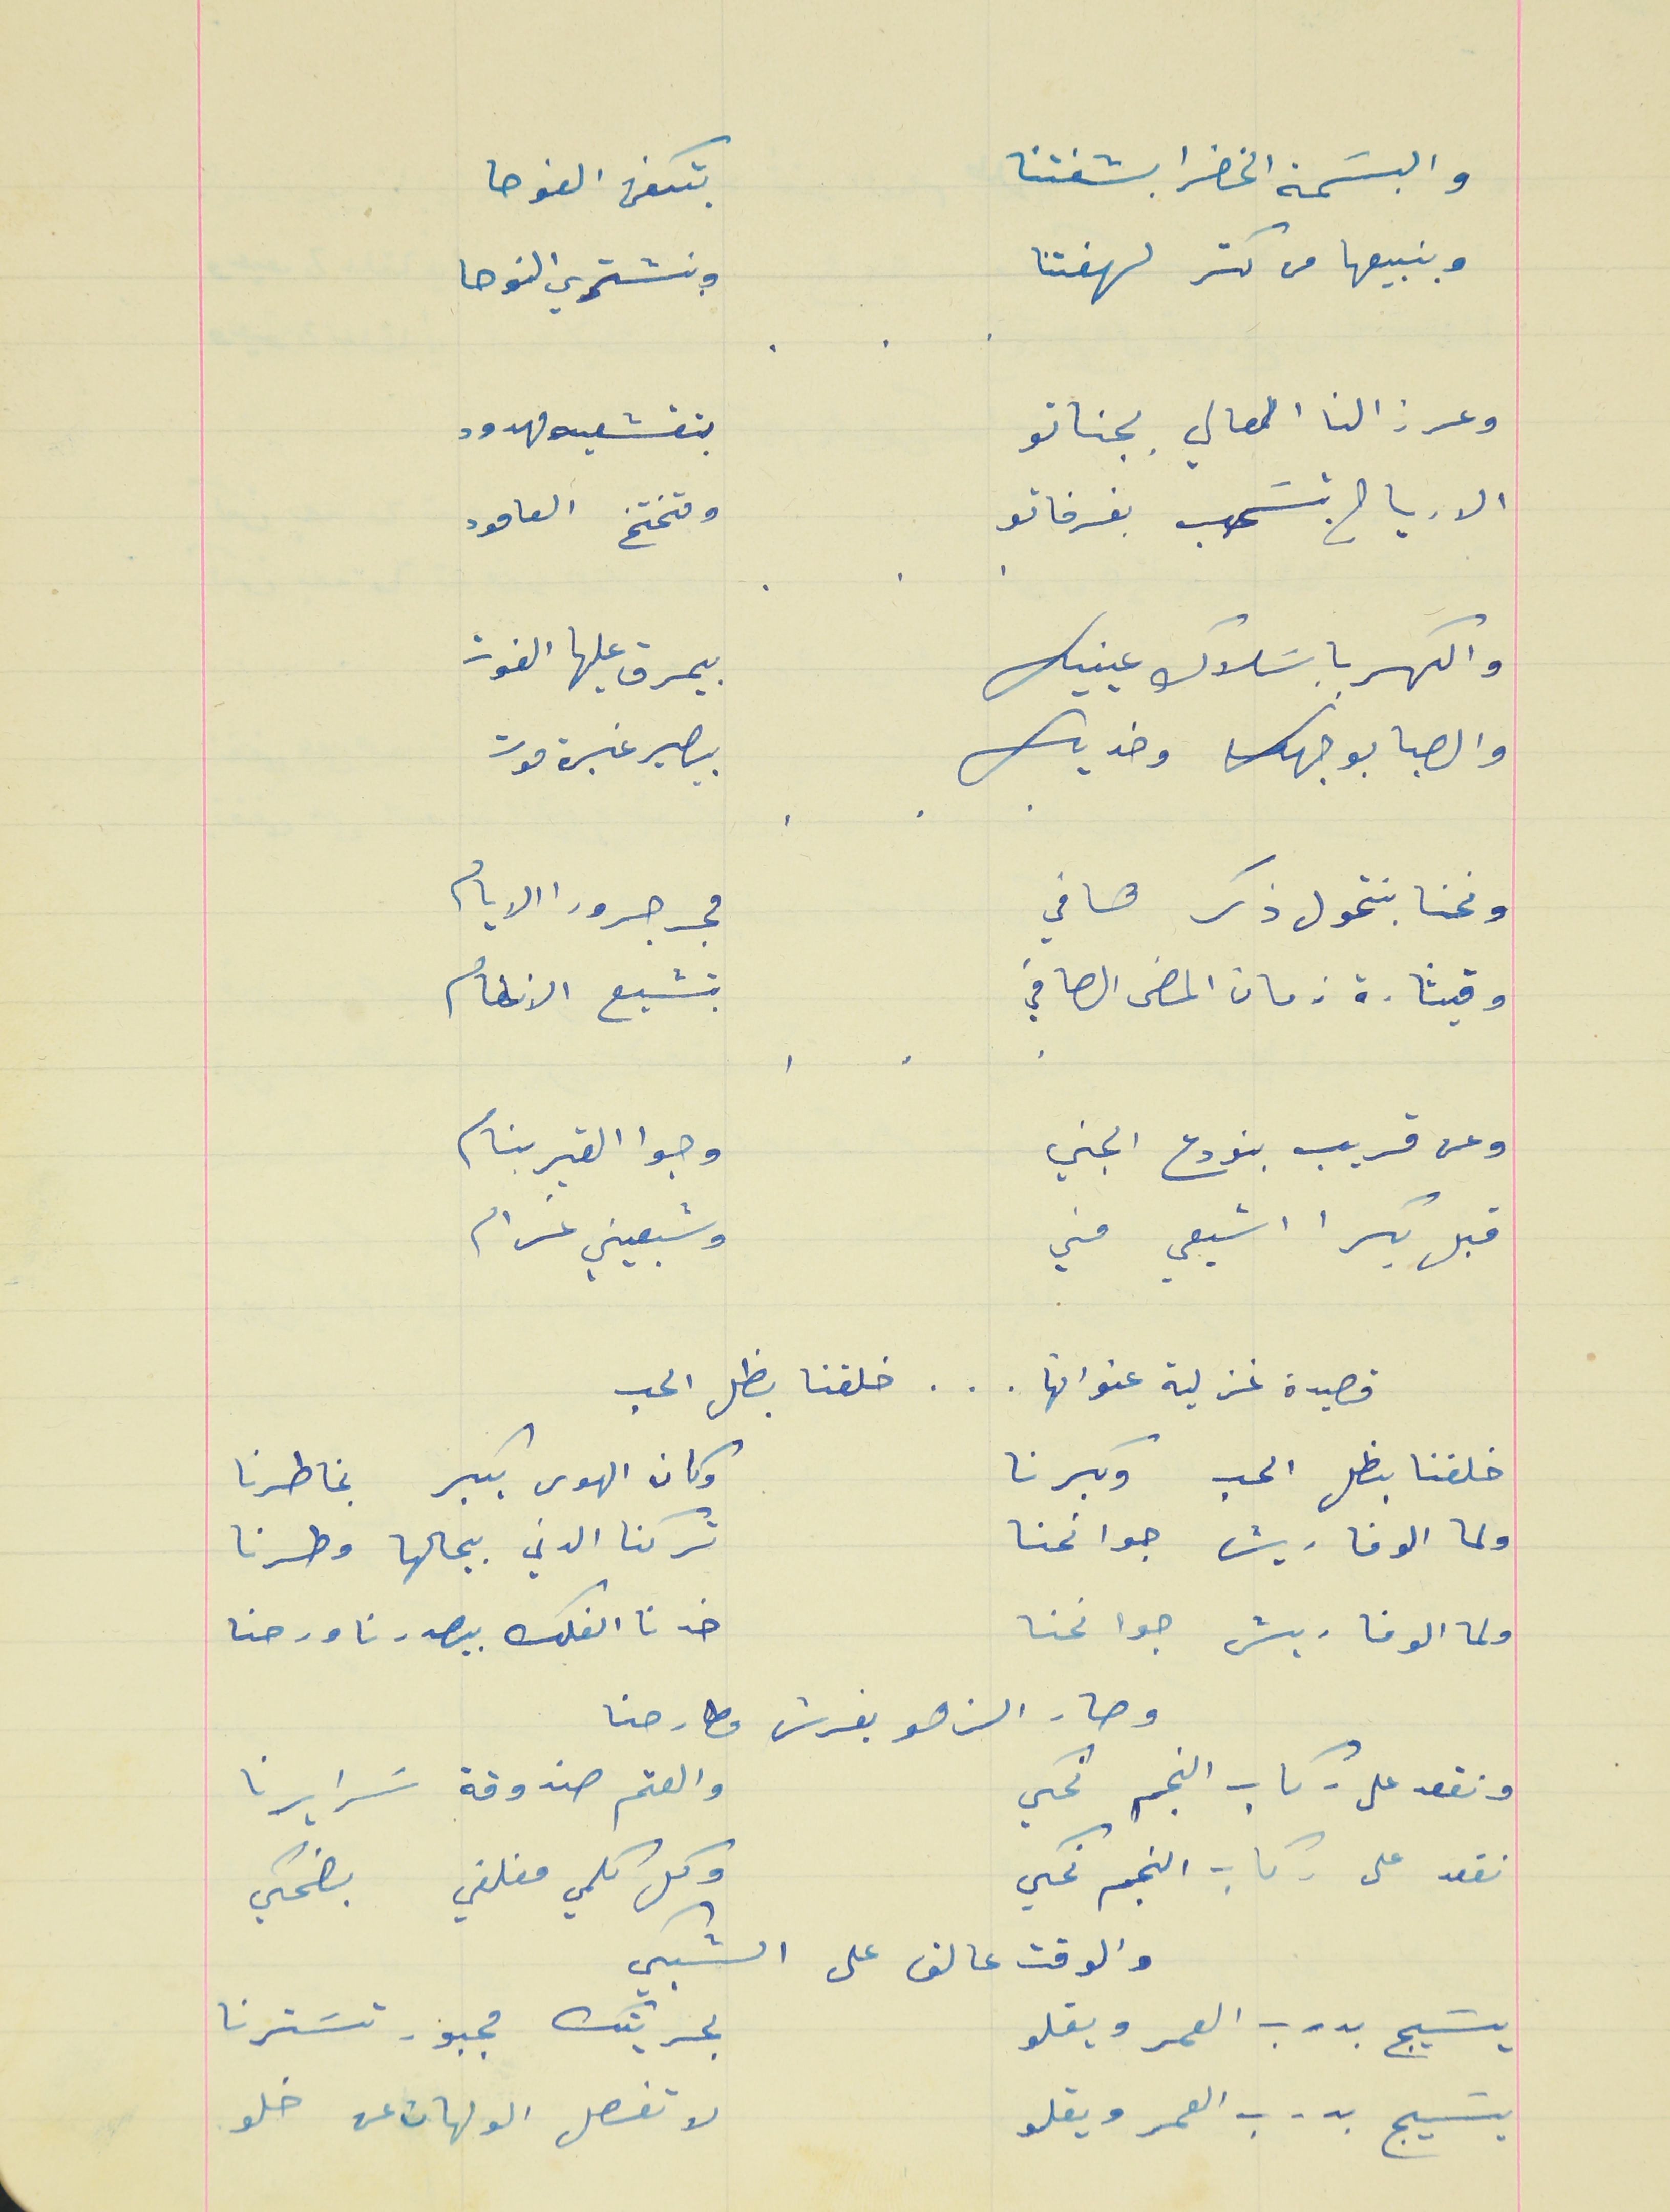
والبسَمة الخضرا بشفتنا                                بتكفى الفوحا
وبنبيعها من كتر لهفتنا                                 وبنشتري النوحا
وعرزالنا العالي بجناتو                                 بتقشعيه مهدود
الارياح بتسَحب بفرخاتو                                وتختخ العامود
والكهربا بسَلاك عينيك                                بيمرق عليها الفوز
والصبا بوجهك وخديك                                بصير غبرة موت
ونحنا بنتحول ذكر هافي                                مجرجر ورا الايام
وقيثارة زمان المضى الصافي                          بتشيع الانغام
وعن قريب بنودع الجني                                 وجوا القبر بنام
قبل بكرا اشبعي مني                                      وشبعيني غرام
قصيدة غزلية عنوانها   .   .   .   خلقنا بظل الحب
خلقنا بظل الحب وكبرنا                                وكان الهوى يكبر بخاطرنا
ولما الوفا ريش جوانحنا                                تركنا الدني بيحالها وطرنا
ولما الوفا ريش جوانحنا                                خدنا الفلك بيصدرنا ورحنا
ونقعد على ركاب النجم نحكي                         والعتم صندوقة سَرايرنا
نقعد على ركاب النجم نحكي                           وكل كلمي مغلفي بضحكي
يسَيج بدرب العمر ويقلو                                  بحريتك مجبور تسَترنا
    .    .    .
    .    .    .
    .    .    .
    .    .    .
وصار الزهو يفرش مطارحنا
والوقت عالق على الشبكي
يسَيج بدرب العمر ويقلو                                لا تفصل الولهان عن خلو